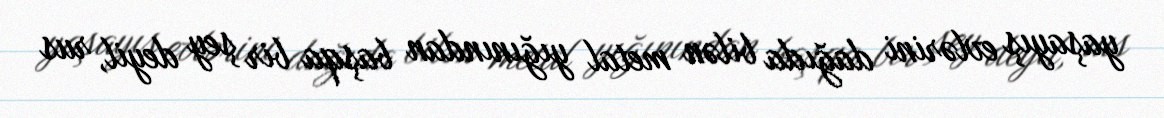
yaşayış evlərini dağıda bilən metal yığınından başqa bir şey deyil, rus